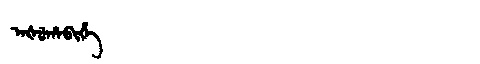
Manchu: ᠠᡧᡠᡥᠠᠪᡳᡥᡝ
Romanization: AŠUHABIHE